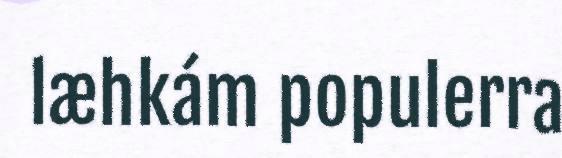
læhkám populerra